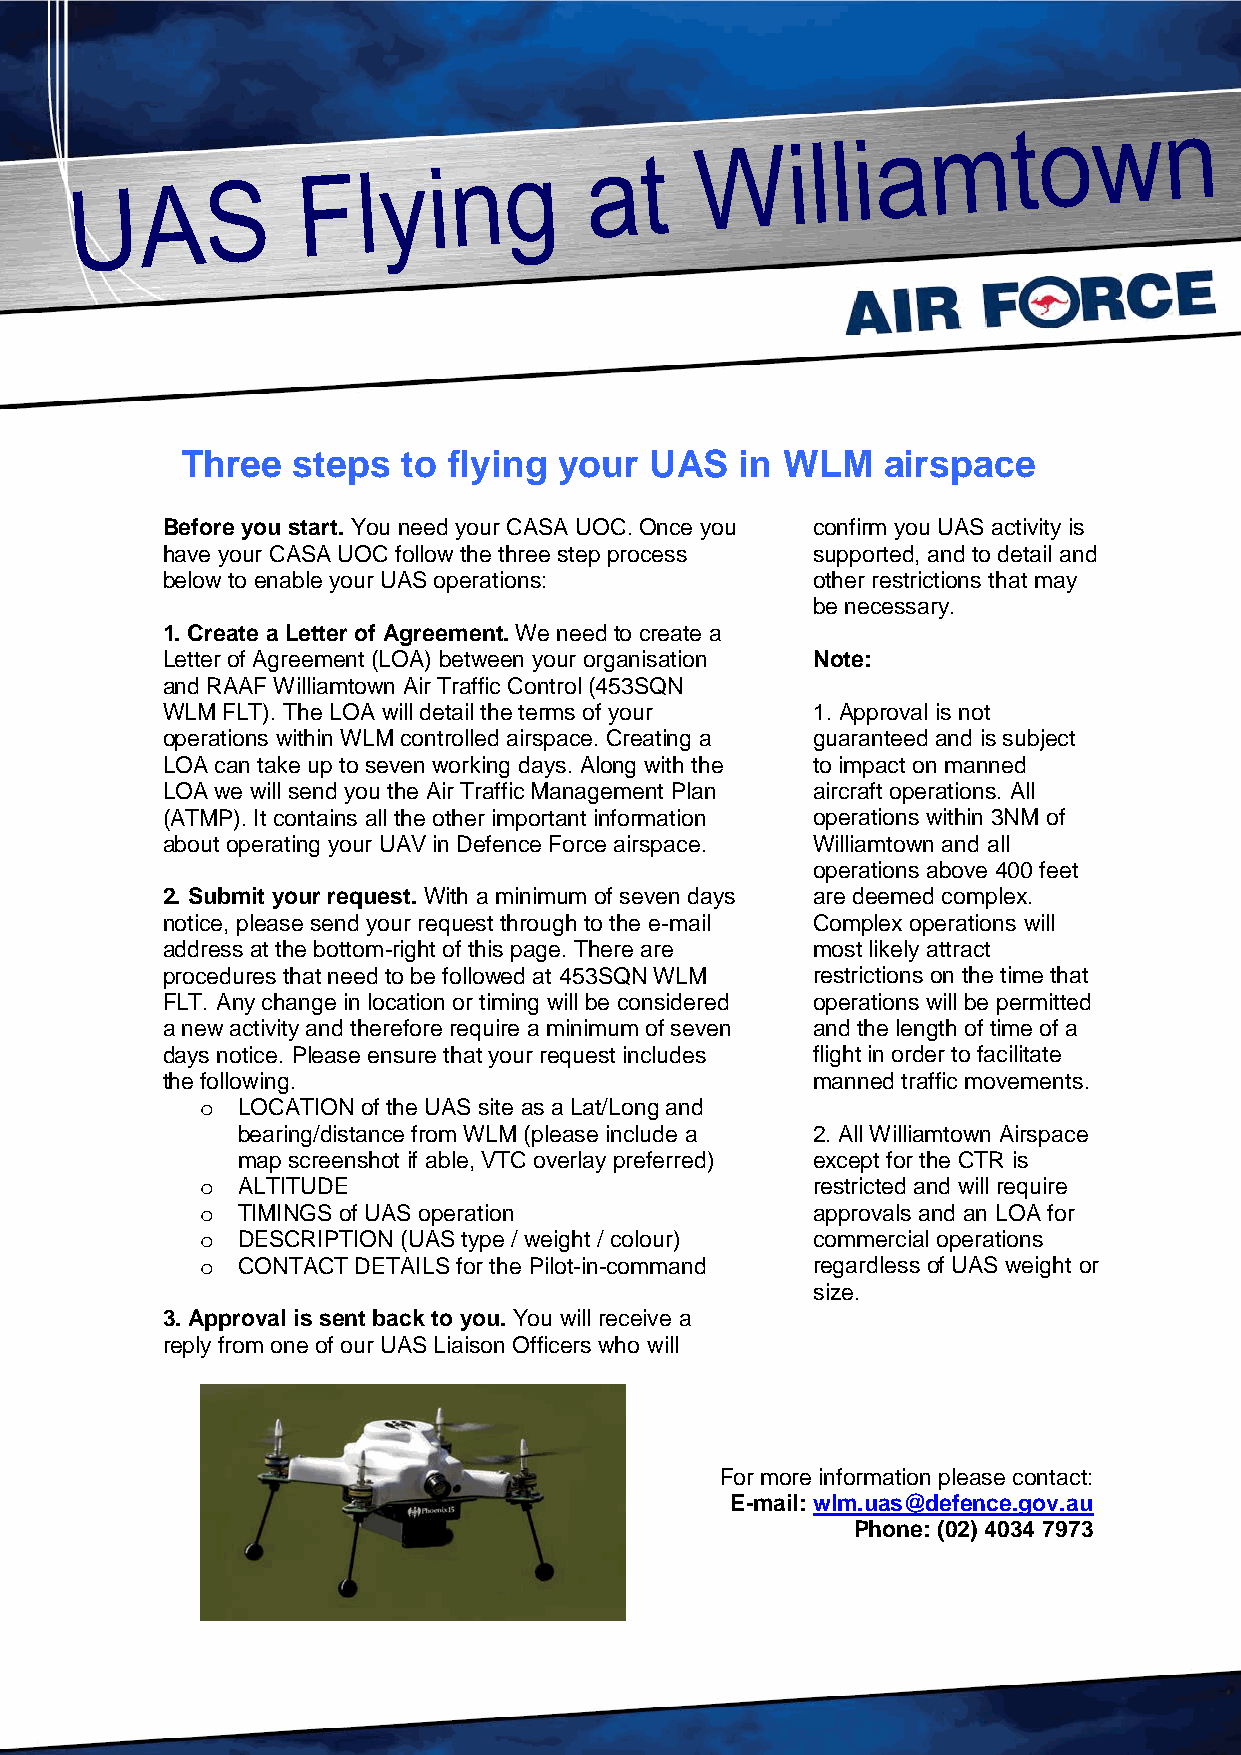
Three  steps   to flying your  UAS   in WLM   airspace
 Before you start. You need your CASA UOC. Once you confirm you UAS activity is
 have your CASA UOC follow the three step process supported, and to detail and
 below to enable your UAS operations:       other restrictions that may
 be necessary.
 1. Create a Letter of Agreement. We need to create a
 Letter of Agreement (LOA) between your organisation Note:
 and RAAF Williamtown Air Traffic Control (453SQN
 WLM FLT). The LOA will detail the terms of your 1. Approval is not
 operations within WLM controlled airspace. Creating a guaranteed and is subject
 LOA can take up to seven working days. Along with the to impact on manned
 LOA we will send you the Air Traffic Management Plan aircraft operations. All
 (ATMP). It contains all the other important information operations within 3NM of
 about operating your UAV in Defence Force airspace. Williamtown and all
 operations above 400 feet
 2. Submit your request. With a minimum of seven days are deemed complex.
 notice, please send your request through to the e-mail Complex operations will
 address at the bottom-right of this page. There are most likely attract
 procedures that need to be followed at 453SQN WLM restrictions on the time that
 FLT. Any change in location or timing will be considered operations will be permitted
 a new activity and therefore require a minimum of seven and the length of time of a
 days notice. Please ensure that your request includes flight in order to facilitate
 the following.                             manned traffic movements.
 LOCATION of the UAS site as a Lat/Long and
 o
 bearing/distance from WLM (please include a 2. All Williamtown Airspace
 map screenshot if able, VTC overlay preferred) except for the CTR is
 ALTITUDE                              restricted and will require
 o
 TIMINGS of UAS operation              approvals and an LOA for
 o
 DESCRIPTION (UAS type / weight / colour) commercial operations
 o
 CONTACT DETAILS for the Pilot-in-command regardless of UAS weight or
 o
 size.
 3. Approval is sent back to you. You will receive a
 reply from one of our UAS Liaison Officers who will
 For more information please contact:
 E-mail: wlm.uas@defence.gov.au
 Phone: (02) 4034 7973